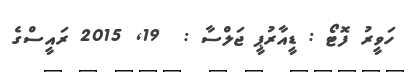
ހަވީރު ފޮޓޯ : ޑީއާރުޕީ ޖަލްސާ :  19